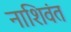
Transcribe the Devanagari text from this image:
नाशिवंत